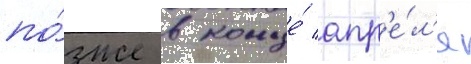
по́зже в конце́ апр'е́л'я